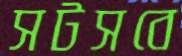
সটসবে